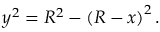
y ^ { 2 } = R ^ { 2 } - \left( R - x \right) ^ { 2 } .